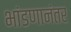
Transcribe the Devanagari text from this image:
भांडणानंतर